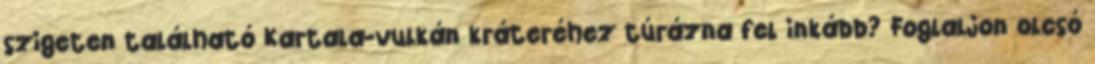
szigeten található Kartala-vulkán kráteréhez túrázna fel inkább? Foglaljon olcsó